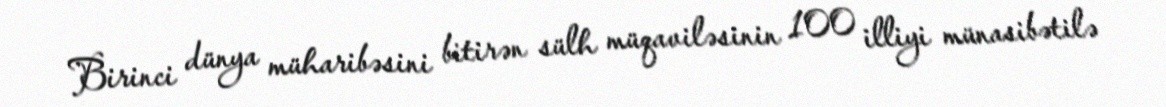
Birinci dünya müharibəsini bitirən sülh müqaviləsinin 100 illiyi münasibətilə